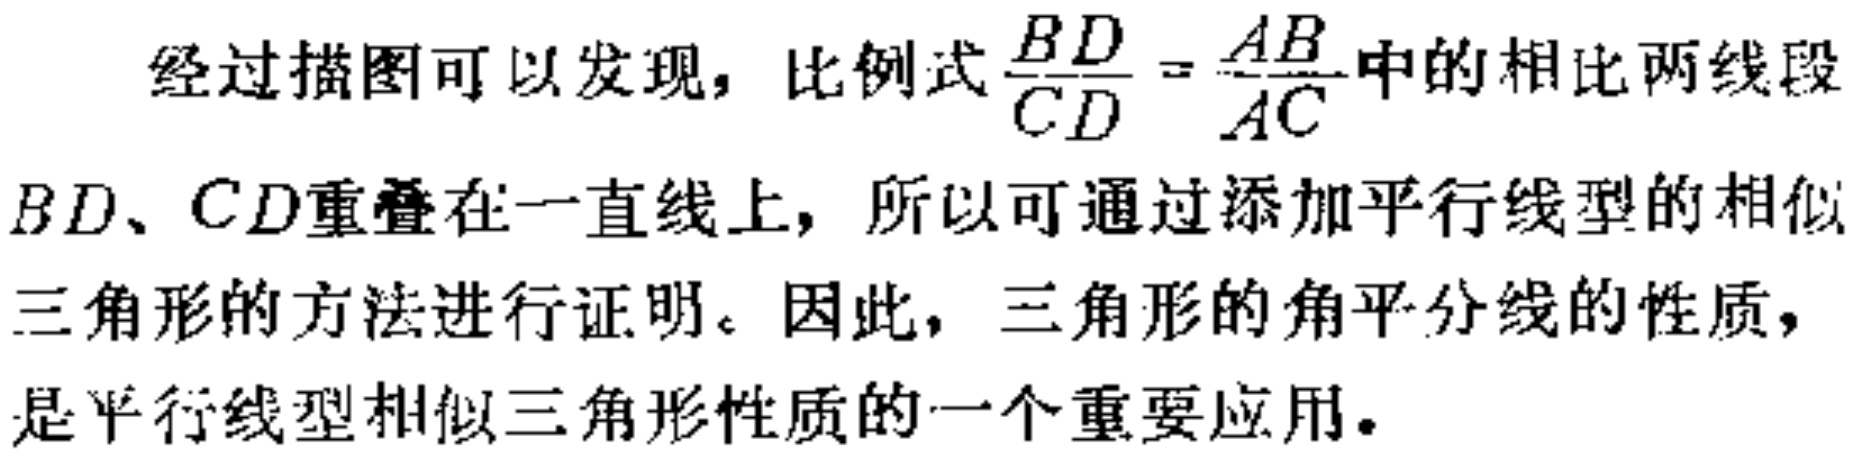
经过描图可以发现，比例式$\frac{BD}{CD}=\frac{AB}{AC}$中的相比两线段$BD、CD$重叠在一直线上，所以可通过添加平行线型的相似三角形的方法进行证明。因此，三角形的角平分线的性质，是平行线型相似三角形性质的一个重要应用。